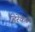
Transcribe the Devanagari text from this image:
हिरेकेरूर